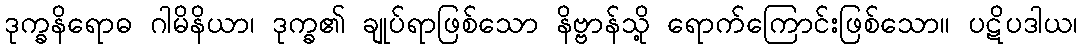
ဒုက္ခနိရောဓ ဂါမိနိယာ၊ ဒုက္ခ၏ ချုပ်ရာဖြစ်သော နိဗ္ဗာန်သို့ ရောက်ကြောင်းဖြစ်သော။ ပဋိပဒါယ၊